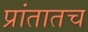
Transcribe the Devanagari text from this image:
प्रांतातच